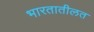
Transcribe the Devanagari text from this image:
भारतातीलत